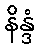
နိန္ဒံ